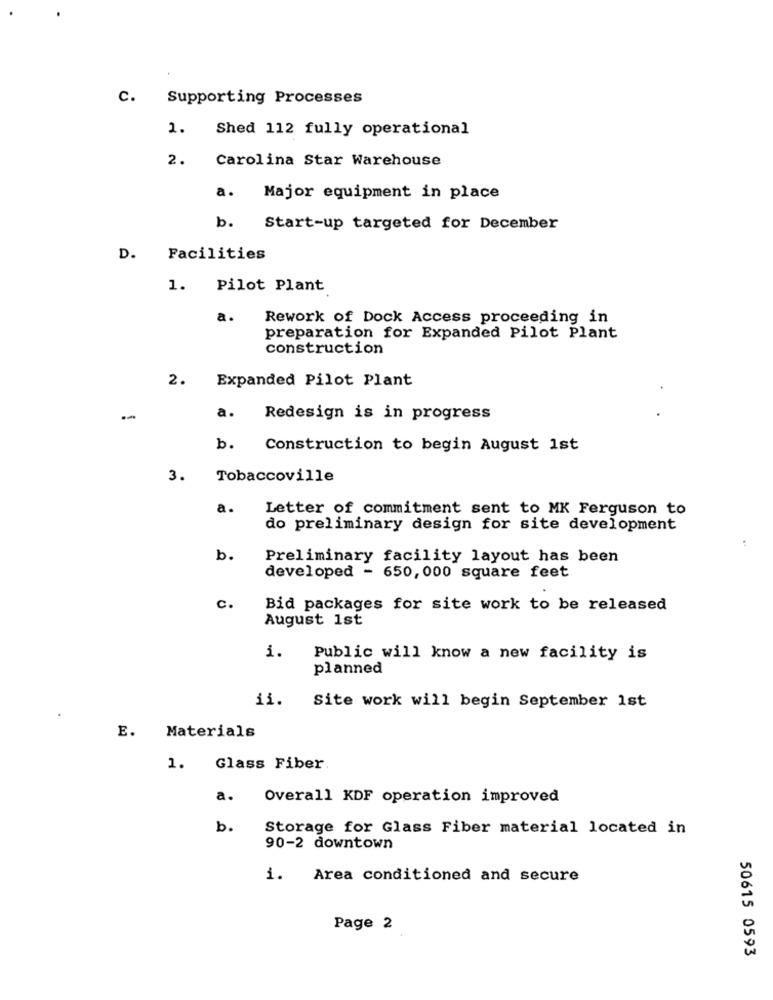
C. Supporting Processes
1.
Shed 112 fully operational
2.
Carolina Star Warehouse
a.
Major equipment in place
b.
Start-up targeted for December
D. Facilities
1. Pilot Plant
a.
Rework of Dock Access proceeding in
preparation for Expanded Pilot Plant
construction
2. Expanded Pilot Plant
-
a.
Redesign is in progress
b.
Construction to begin August 1st
3.
Tobaccoville
a.
Letter of commitment sent to MK Ferguson to
do preliminary design for site development
b.
Preliminary facility layout has been
developed - 650, 000 square feet
c.
Bid packages for site work to be released
August 1st
1.
Public will know a new facility is
planned
ii.
Site work will begin September 1st
E.
Materials
1.
Glass Fiber.
a.
Overall KDF operation improved
b.
Storage for Glass Fiber material located in
90-2 downtown
i. Area conditioned and secure
Page 2
50615 0593